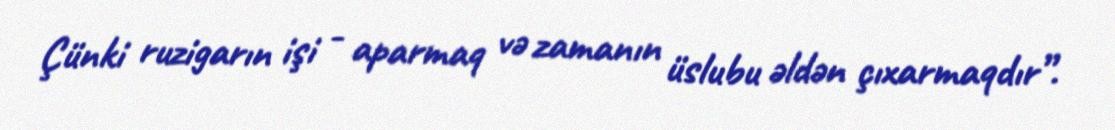
Çünki ruzigarın işi - aparmaq və zamanın üslubu əldən çıxarmaqdır”.